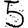
Digit: 5